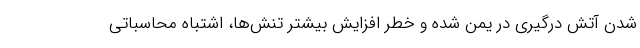
شدن آتش درگیری در یمن شده و خطر افزایش بیشتر تنش‌ها، اشتباه محاسباتی